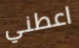
اعطني